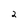
Character: 2